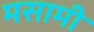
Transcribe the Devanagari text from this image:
मसामी